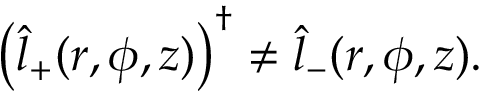
\begin{array} { r } { \left( \hat { l } _ { + } ( r , \phi , z ) \right) ^ { \dagger } \neq \hat { l } _ { - } ( r , \phi , z ) . } \end{array}